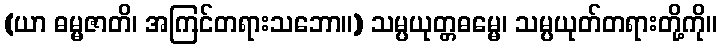
(ယာ ဓမ္မဇာတိ၊ အကြင်တရားသဘော။) သမ္ပယုတ္တဓမ္မေ၊ သမ္ပယုတ်တရားတို့ကို။